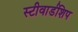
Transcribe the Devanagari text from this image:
स्टीवार्डशिप